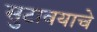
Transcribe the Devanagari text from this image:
सुटावयाचे